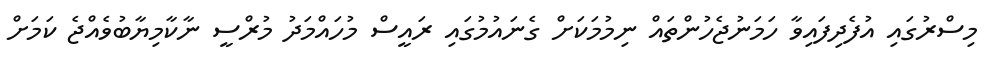
މިސްރުގައި އުފެދިފައިވާ ހަމަނުޖެހުންތައް ނިމުމަކަށް ގެނައުމުގައި ރައީސް މުހައްމަދު މުރްސީ ނާކާމިޔާބުވެއްޖެ ކަމަށް